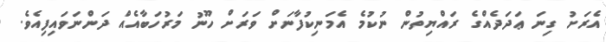
އެރަށު ގިނަ ޢަދަދެއްގެ ރައްޔިތުން ނުކުމެ އެމަނިކުފާނަށް ވަރަށް ހޫނު މަރުހަބާއެއް ދަންނަވައިފިއެވެ.